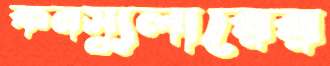
কনস্যুলারের